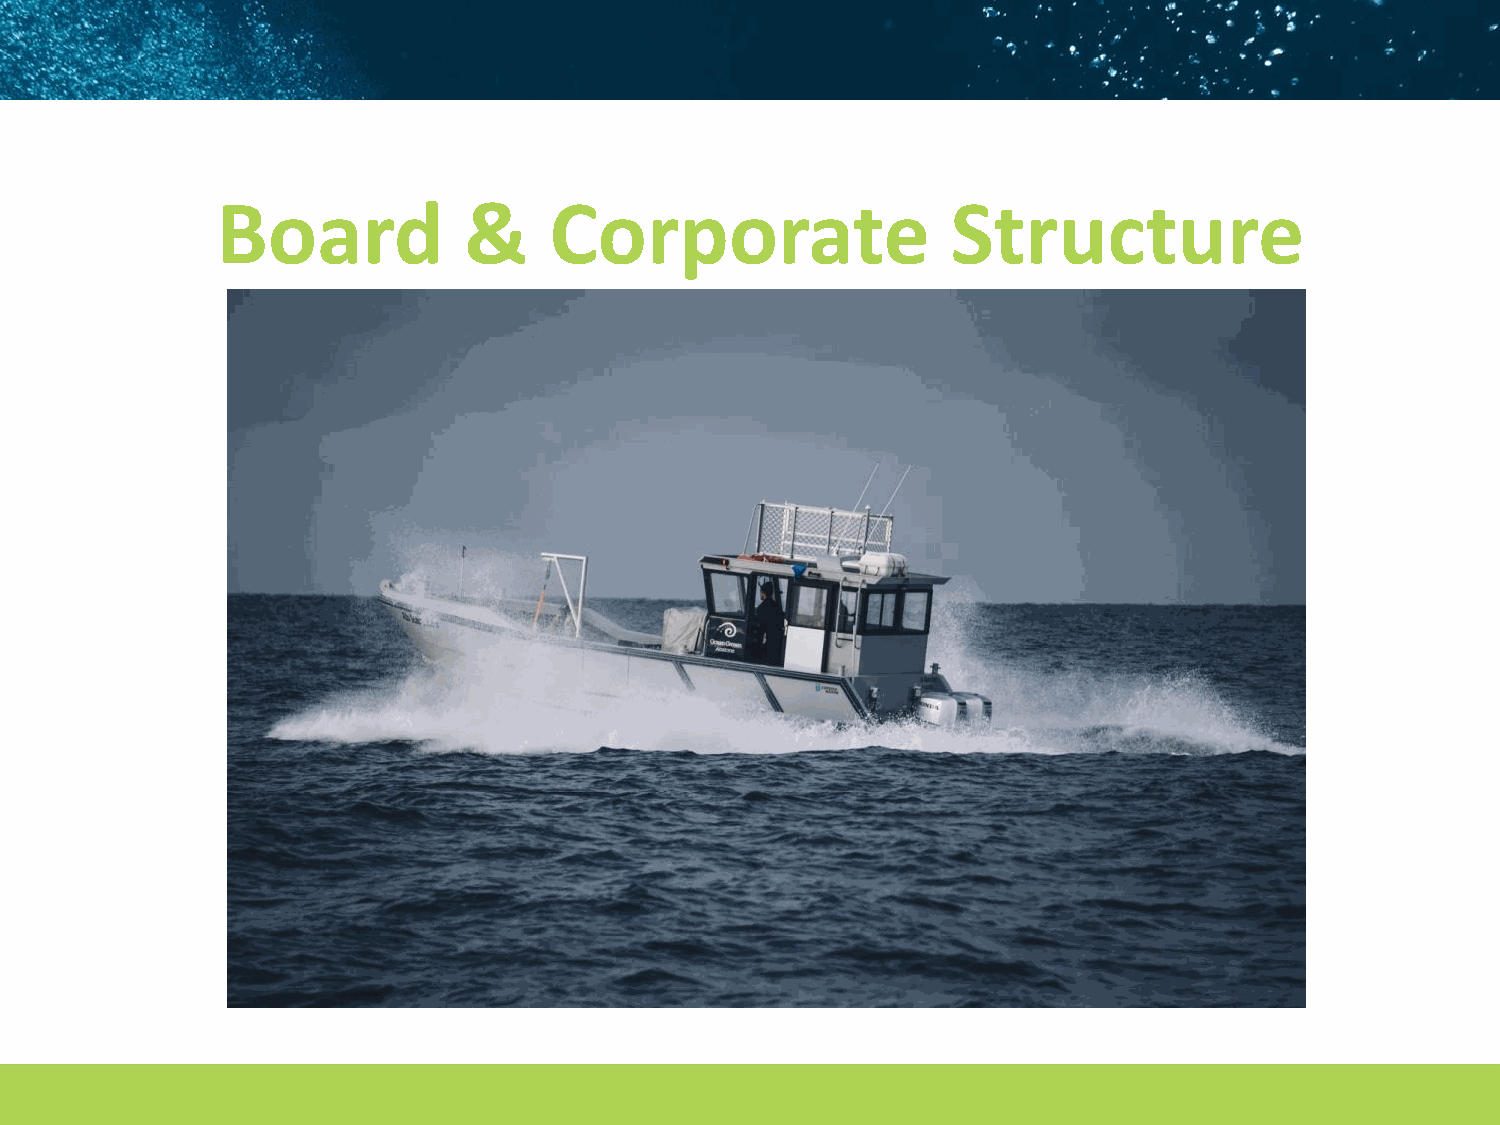
Board            &    Corporate                  Structure
 22